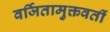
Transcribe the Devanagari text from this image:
वर्जितामुक्तवतीं